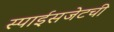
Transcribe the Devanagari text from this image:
स्पाईसजेटची